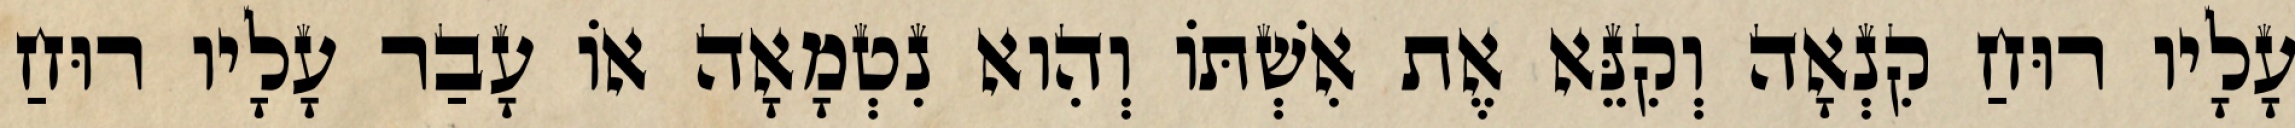
עָלָיו רוּחַ קִנְאָה וְקִנֵּא אֶת אִשְׁתּוֹ וְהִוא נִטְמָאָה אוֹ עָבַר עָלָיו רוּחַ